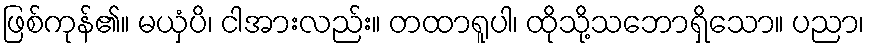
ဖြစ်ကုန်၏။ မယှံပိ၊ ငါအားလည်း။ တထာရူပါ၊ ထိုသို့သဘောရှိသော။ ပညာ၊